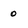
Character: o